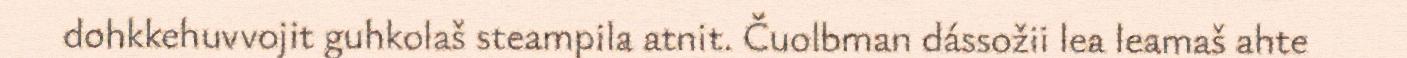
dohkkehuvvojit guhkolaš steampila atnit. Čuolbman dássožii lea leamaš ahte